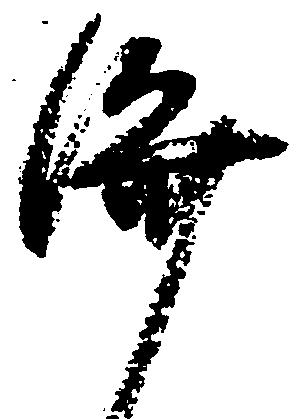
済